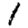
Digit: 1